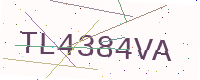
Text: TL4384VA